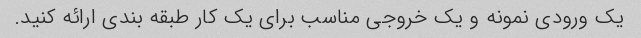
یک ورودی نمونه و یک خروجی مناسب برای یک کار طبقه بندی ارائه کنید.